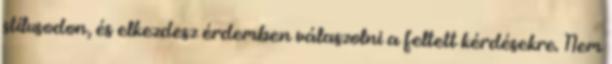
stílusodon, és elkezdesz érdemben válaszolni a feltett kérdésekre. Nem